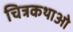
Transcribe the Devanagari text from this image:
चित्रकथाओ